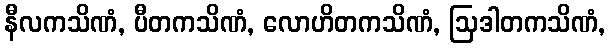
နီလကသိဏံ, ပီတကသိဏံ, လောဟိတကသိဏံ, ဩဒါတကသိဏံ,